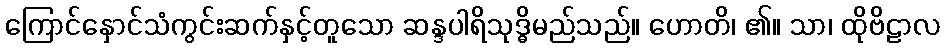
ကြောင်နှောင်သံကွင်းဆက်နှင့်တူသော ဆန္ဒပါရိသုဒ္ဓိမည်သည်။ ဟောတိ၊ ၏။ သာ၊ ထိုဗိဠာလ